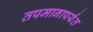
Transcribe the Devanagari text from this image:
तपमानापर्यंत